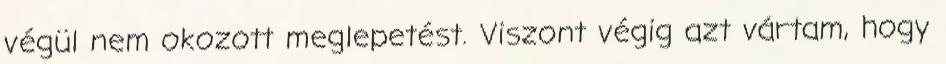
végül nem okozott meglepetést. Viszont végig azt vártam, hogy